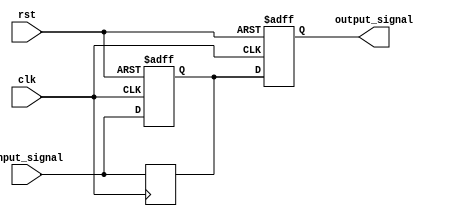
module buffer_delay (
  input wire clk,
  input wire rst,
  input wire [7:0] input_signal,
  output reg [7:0] output_signal
);

reg [7:0] buffer;
parameter DELAY = 10; // Adjust delay setting as needed

always @(posedge clk or posedge rst) begin
  if (rst) begin
    buffer <= 8'h00;
  end else begin
    buffer <= input_signal;
  end
end

always @(posedge clk or posedge rst) begin
  if (rst) begin
    output_signal <= 8'h00;
  end else begin
    output_signal <= buffer;
  end
end

always @(posedge clk) begin
  #DELAY buffer <= input_signal;
end

endmodule